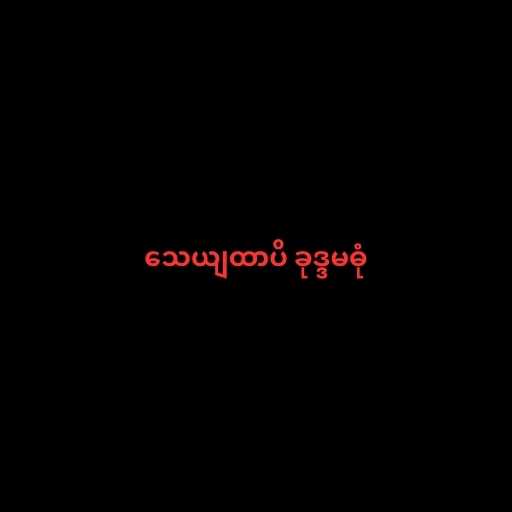
သေယျထာပိ ခုဒ္ဒမဓုံ